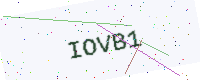
Text: IOVB1